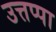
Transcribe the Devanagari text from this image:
उत्तप्पा